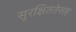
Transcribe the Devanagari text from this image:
सुरक्षिततेसह